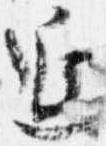
延